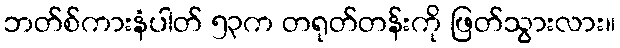
ဘတ်စ်ကားနံပါတ် ၅၃က တရုတ်တန်းကို ဖြတ်သွားလား။